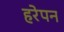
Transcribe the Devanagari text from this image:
हरेपन